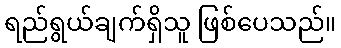
ရည်ရွယ်ချက်ရှိသူ ဖြစ်ပေသည်။